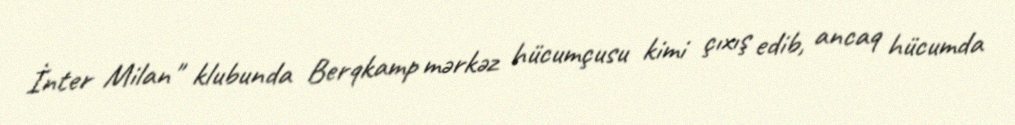
İnter Milan" klubunda Berqkamp mərkəz hücumçusu kimi çıxış edib, ancaq hücumda